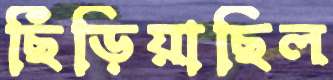
ছিঁড়িয়াছিল